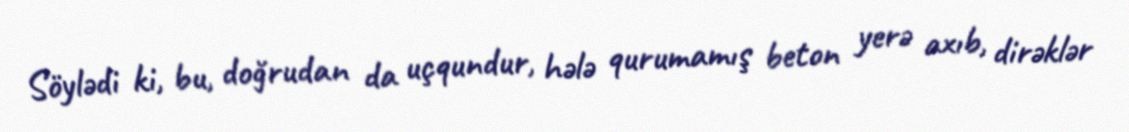
Söylədi ki, bu, doğrudan da uçqundur, hələ qurumamış beton yerə axıb, dirəklər